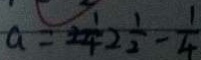
a = 2 \frac { 1 } { 4 } 2 \frac { 1 } { 2 } - \frac { 1 } { 4 }